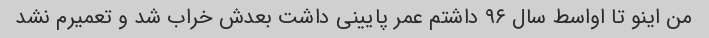
من اینو تا اواسط سال ۹۶ داشتم عمر پایینی داشت بعدش خراب شد و تعمیرم نشد